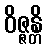
ဝိဇ္ဇန္တိ